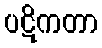
ပဋိကတာ